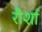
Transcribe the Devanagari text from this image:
रौर्शा